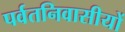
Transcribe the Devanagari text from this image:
पर्वतनिवासीयों